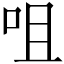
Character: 咀